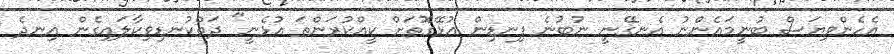
އެހެންވިޔަސް ބުނީމައެންނު އެނގޭނީ ނުބުނެ ފިނޑިން އުޅޭގޮތަށް ކީއްކުރަންތަ އުޅެނީ" ދަތްކުނޑިވިކާލައިގެން އިނދެ